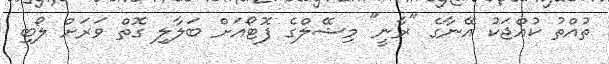
ތުއްތު ކުއްޖަކު އޭނާގެ "ރާނީ" މިޝޭލްގެ ފޮޓޯއަށް ބަލާލި ގޮތް ވަރަށް ލޯބި